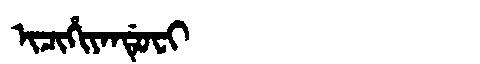
Manchu: ᡳᠴᡳᡥᡳᠶᠠᠨᡩᡠᠸᡳ
Romanization: ICIHIYANDUFI